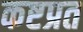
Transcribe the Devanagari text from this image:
कष्टप्रत